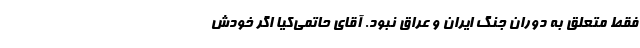
فقط متعلق به دوران جنگ ایران و عراق نبود. آقای حاتمی‌کیا اگر خودش